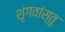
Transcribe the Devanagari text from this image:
शृंगवांस्तु